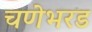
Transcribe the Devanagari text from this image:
चणेभरड